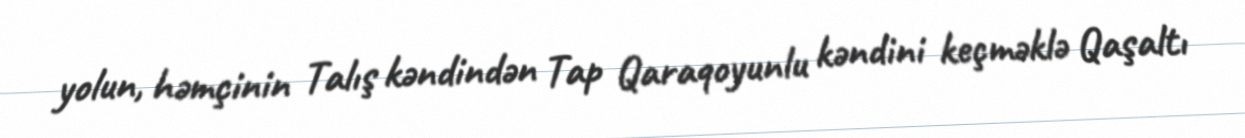
yolun, həmçinin Talış kəndindən Tap Qaraqoyunlu kəndini keçməklə Qaşaltı